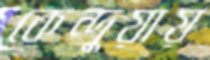
কেন্দুয়ায়